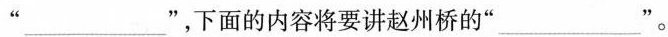
“___”，下面的内容将要讲赵州桥的“___”。